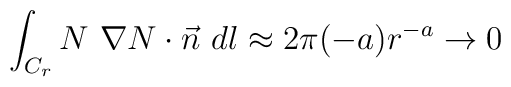
\int_{C_r} N~\nabla N\cdot \vec n ~dl \approx 2\pi (-a)r^{-a}\rightarrow 0